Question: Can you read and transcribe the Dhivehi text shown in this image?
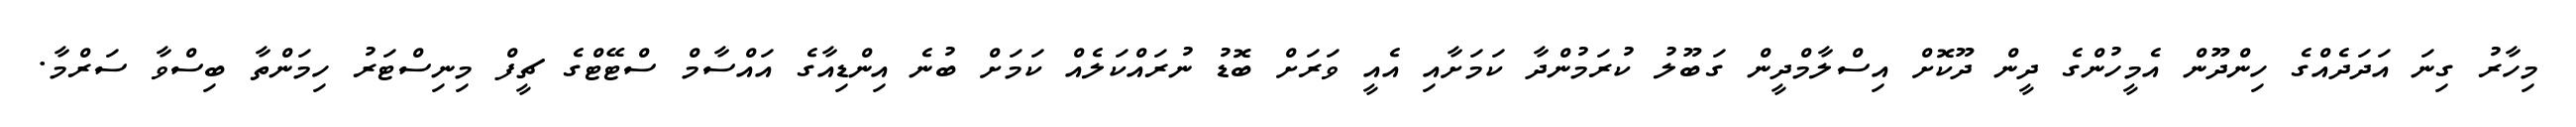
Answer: މިހާރު ގިނަ އަދަދެއްގެ ހިންދޫން އެމީހުންގެ ދީން ދޫކޮށް އިސްލާމްދީން ގަބޫލު ކުރަމުންދާ ކަމަށާއި އެއީ ވަރަށް ބޮޑު ނުރައްކަލެއް ކަމަށް ބުނެ އިންޑިއާގެ އައްސާމް ސްޓޭޓްގެ ޗީފް މިނިސްޓަރު ހިމަންތާ ބިސްވާ ސަރްމާ.